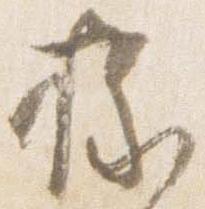
掾